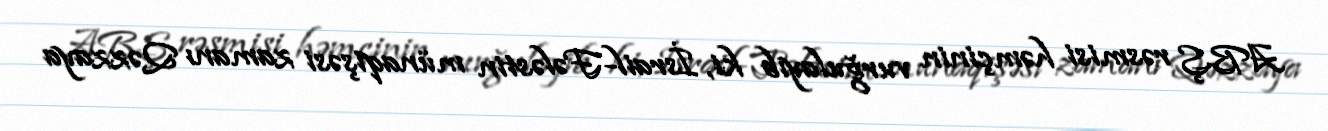
ABŞ rəsmisi həmçinin vurğulayıb ki, İsrail-Fələstin münaqişəsi zamanı Qəzzaya